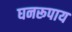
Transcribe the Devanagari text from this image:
घनरूपाय